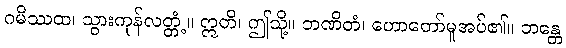
ဂမိဿထ၊ သွားကုန်လတ္တံ့။ ဣတိ၊ ဤသို့။ ဘဏိတံ၊ ဟောတော်မူအပ်၏။ ဘန္တေ